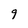
Character: 9